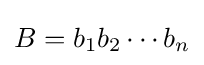
B=b_{1}b_{2}\cdots b_{n}